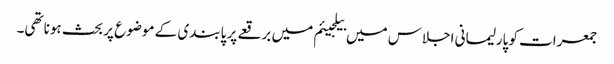
جمعرات کو پارلیمانی اجلاس میں بیلجیئم میں برقعے پر پابندی کے موضوع پر بحث ہونا تھی۔